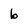
Character: b